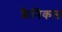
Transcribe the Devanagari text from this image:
क्रैनिकल